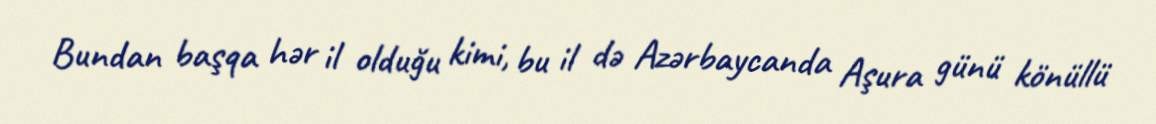
Bundan başqa hər il olduğu kimi, bu il də Azərbaycanda Aşura günü könüllü